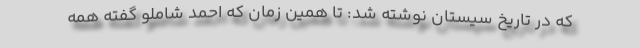
که در تاریخ سیستان نوشته شد: تا همین زمان که احمد شاملو گفته همه